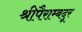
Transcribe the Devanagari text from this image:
श्रीपैराम्बदूर